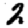
Digit: 2